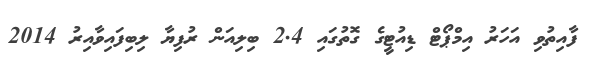
ފާއިތުވި އަހަރު އިމްޕޯޓް ޑިއުޓީގެ ގޮތުގައި 2.4 ބިލިއަން ރުފިޔާ ލިބިފައިވާއިރު 2014